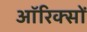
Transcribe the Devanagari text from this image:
ऑरिक्सों